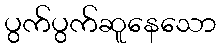
ပွက်ပွက်ဆူနေသော